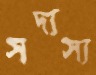
সদ্যস্য